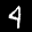
Label: 4